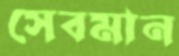
সেবমান